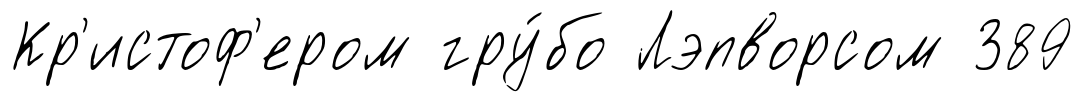
Кр'истоф'ером гру́бо Лэпворсом 389